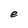
Character: e